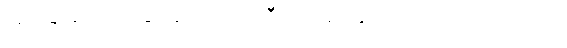
အိပ်ခြင်း ပျင်းရိခြင်းစသည်ကို ဝီရိယဖြင့် နှင်ထုတ်ရကြောင်းဂါထာ